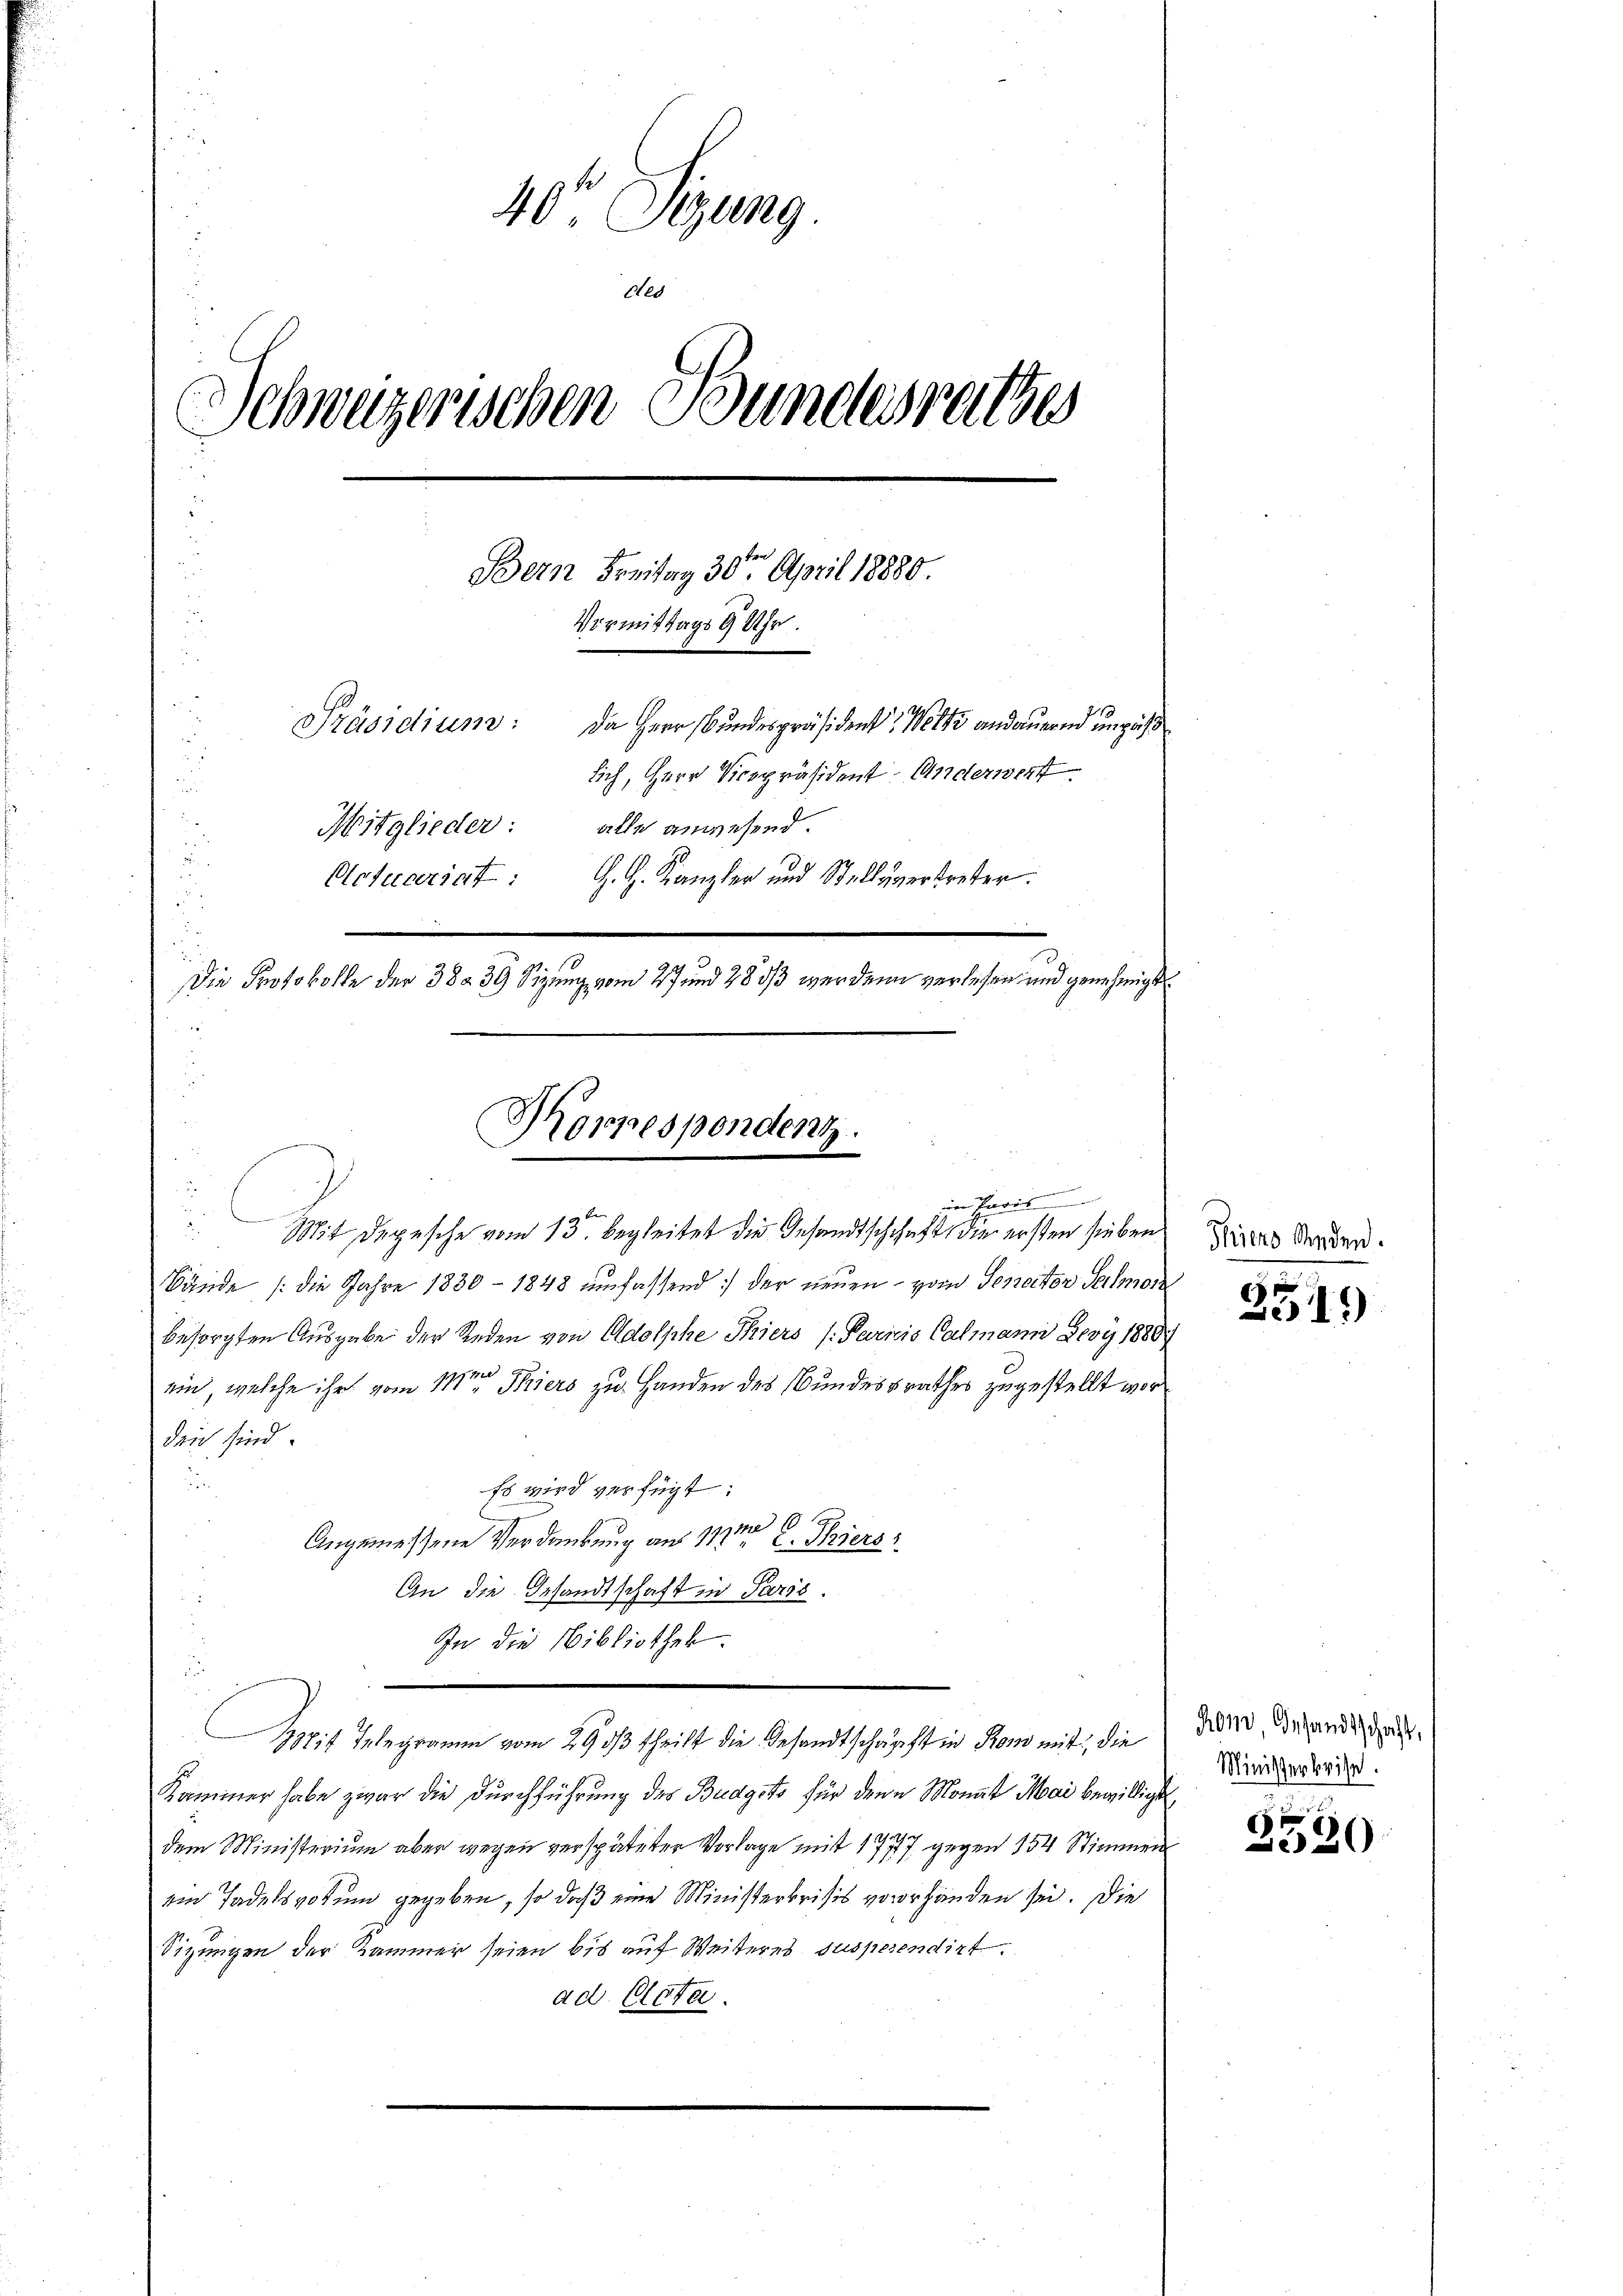
40te Sitzung
ded
Schweizerischen Bundesrathes
Bern Freitag 30t April 18880.
Vormittags 9 Uhr.
Präsidium:
Da Herr Bundespräsident Welt andauernd unzäh
n
sich, Herr Vicepräsident Anderwert
u
Mitglieder: alle anwesend.
Actuariat G. H. Kanzler und Stellvertreter.
e
g. 10
Die Protokolle der 38a 39 Otzung vom 27 und 28/3 werden verlesen und genehmigt
Morrespondenz.

im Preis
C
 x
Mit Depesche vom 13. begleitet die Gesandtschchaft die ersten sieben

Sände (die Jahre 1830 - 1848 umfassend: der neuen vom Senator Schmerz
besorgten Ausgabe der Reden von Adolphe Thiers (Perris Calmann Jery 18887
ein, welche ihr vom 11ten Thiers zu Handen des Bundesrathes zugestellt wordeich sind.
i
Es wird verfügt:
m 60
Angemessene Verdankung an 11te 2. Tiers
An die Gesandtschaft in Paris.
In die Bibliothek.
zit Telegramm vom 29 1/3 theilt die Gesandtschäft in Rom mit die
Kammer habe zwar die Durchführung des Budgets für denn Monat Mai bewilligt
dem Ministerium aber wegen verspäteter Vorlage mit 1777 gegen 154 Stimmen
em Tadelsvotum gegeben, so daß eine Ministerkrisis vorhanden sei. Die
Sizungen der Kammer seien bis auf Weiteres suspesendirt.
ad. Plata.

Thiero Reden.

2519)

hom Gesandtschaft,
Ministerkrise.

3520